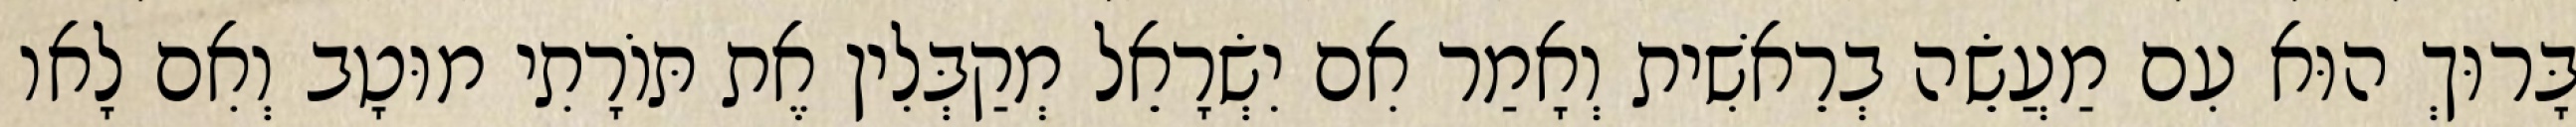
בָּרוּךְ הוּא עִם מַעֲשֵׂה בְרֵאשִׁית וְאָמַר אִם יִשְׂרָאֵל מְקַבְּלִין אֶת תּוֹרָתִי מוּטָב וְאִם לָאו